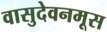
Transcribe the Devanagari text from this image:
वासुदेवनमूस